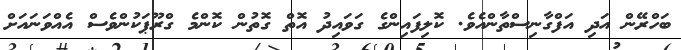
ބަހްރޭން އަދި އަފްގާނިސްތާންއެވެ. ކޮލިފައިންގެ ގަވައިދު އޮތް ގޮތުން ކޮންމެ ގްރޫޕަކުންވެސް އެއްވަނައަށް